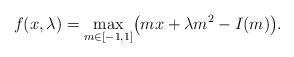
LaTeX: \begin{align*}f(x,\lambda)&=\max_{m\in [-1,1]}\bigl(mx+\lambda m^2-I(m)\bigr).\end{align*}